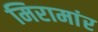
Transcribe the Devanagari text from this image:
मिरामांर